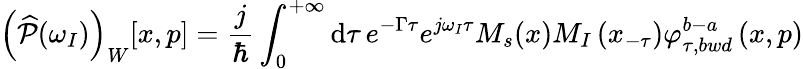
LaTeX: \left(\widehat{\mathcal{P}}(\omega_{I})\right)_{W}[x,p]=\frac{j}{\hbar}\int_{0}^{+\infty}\mathrm{d}\tau\, e^{-\Gamma\tau}e^{j\omega_{I}\tau}M_{s}(x)M_{I}\left(x_{-\tau}\right)\varphi_{\tau,bwd}^{b-a}\left(x,p\right)